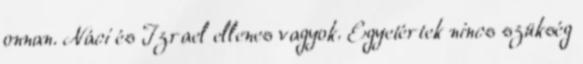
onnan. Náci és Izrael ellenes vagyok. Egyetértek nincs szükség